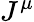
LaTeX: J^{\mu}